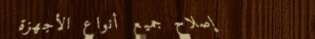
إصلاح جميع أنواع الأجهزة